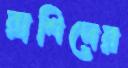
রাশিদের